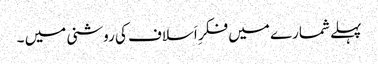
پہلے شمارے میں فکرِ اَسلاف کی روشنی میں ۔